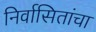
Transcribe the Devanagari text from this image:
निर्वासितांचा